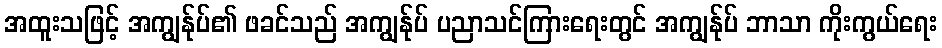
အထူးသဖြင့် အကျွန်ုပ်၏ ဖခင်သည် အကျွန်ုပ် ပညာသင်ကြားရေးတွင် အကျွန်ုပ် ဘာသာ ကိုးကွယ်ရေး